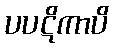
ပပဋိကာပိ